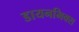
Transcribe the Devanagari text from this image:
डायनमिक्स